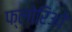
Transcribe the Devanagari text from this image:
फ्लोरिओ